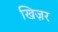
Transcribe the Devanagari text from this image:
खिज़र